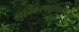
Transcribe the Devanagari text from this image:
सूचिकरणासाठीच्या